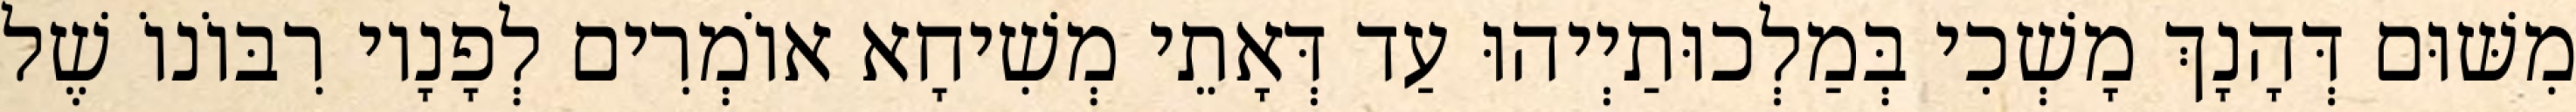
מִשּׁוּם דְּהָנָךְ מָשְׁכִי בְּמַלְכוּתַיְיהוּ עַד דְּאָתֵי מְשִׁיחָא אוֹמְרִים לְפָנָיו רִבּוֹנוֹ שֶׁל